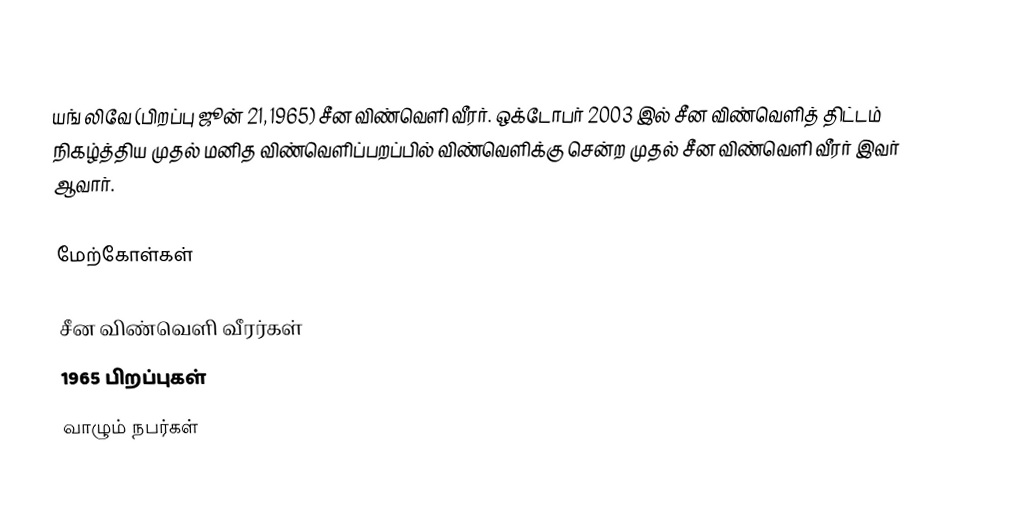
யங் லிவே (பிறப்பு ஜூன் 21, 1965) சீன விண்வெளி வீரர்.  ஒக்டோபர் 2003 இல் சீன விண்வெளித் திட்டம் நிகழ்த்திய முதல் மனித விண்வெளிப்பறப்பில் விண்வெளிக்கு சென்ற முதல் சீன விண்வெளி வீரர் இவர் ஆவார்.

மேற்கோள்கள்

சீன விண்வெளி வீரர்கள்
1965 பிறப்புகள்
வாழும் நபர்கள்